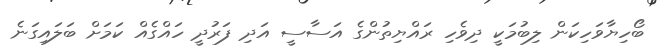
ބޯހިޔާވަހިކަން ލިބުމަކީ ދިވެހި ރައްޔިތުންގެ އަސާސީ އަދި ފަރުދީ ހައްގެއް ކަމަށް ބަލައިގަނެ